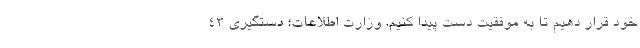
خود قرار دهیم تا به موفقیت دست پیدا کنیم. وزارت اطلاعات؛ دستگیری ۴۳